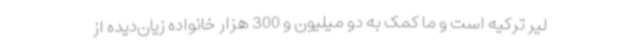
لیر ترکیه است و ما کمک به دو میلیون و 300 هزار خانواده زیان‌دیده از